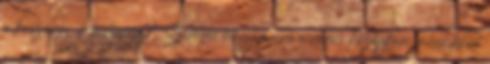
a koszovói Pristinára? Szívesen megismerné a város középkori műemlékeit